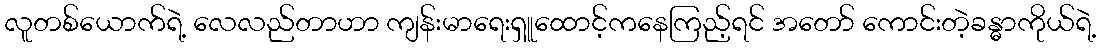
လူတစ်ယောက်ရဲ့ လေလည်တာဟာ ကျန်းမာရေးရှူထောင့်ကနေကြည့်ရင် အတော် ကောင်းတဲ့ခန္ဓာကိုယ်ရဲ့